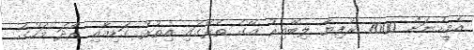
އެމީހުނަށް 7000 ރުފިޔާ ލިބޭއިރު އޭގެ ތެރޭގައި އިތުރު ގަޑިއާއި ރޯދަ މަހުގެ